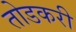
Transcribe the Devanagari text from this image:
तोडकरी